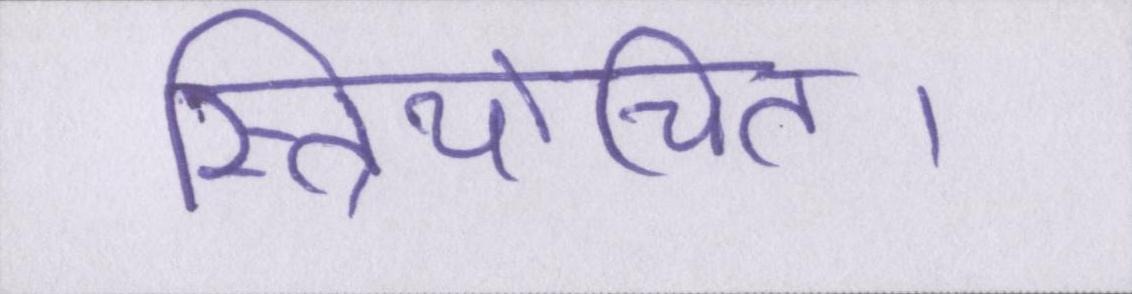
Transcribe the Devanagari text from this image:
स्त्रियोचित।